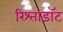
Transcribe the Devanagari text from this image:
रिश्ताडॉट